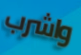
واشرب